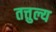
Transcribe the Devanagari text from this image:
तत्तुल्य